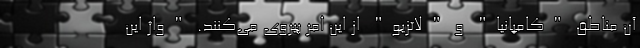
آن مناطق "کامپانیا" و "لاتزیو" از این امر پیروی می‌کنند. "واژ این